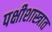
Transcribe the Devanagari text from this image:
पक्षीशास्त्रात